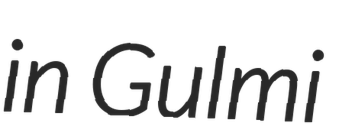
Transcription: in Gulmi